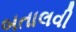
બતાલવી